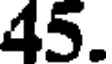
45.